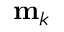
\mathbf { m } _ { k }